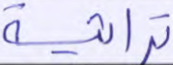
تراثية